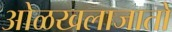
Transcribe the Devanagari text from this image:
ओळखलाजातो